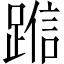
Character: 𬦿